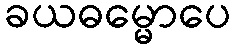
ခယဓမ္မောပေ